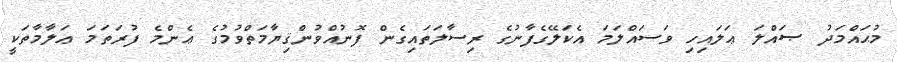
މުޙައްމަދު ޞައްލަ ޢަލައިހި ވަސައްލަމަ އެކަލޭގެފާނުގެ ރިސާލަތައިގެން ފޮނުއްވުންޤިޔާމަތްވުމުގެ ޢެންމެ ފުރަތަމަ ޢަލާމާތަކީ